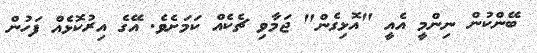
ބޭންކުން ނިންމީ އެއީ "އޮޅިގެން" ޖަމާވި ޗެކެއް ކަމަށެވެ. އޭގެ އިރުކޮޅެއް ފަހުން